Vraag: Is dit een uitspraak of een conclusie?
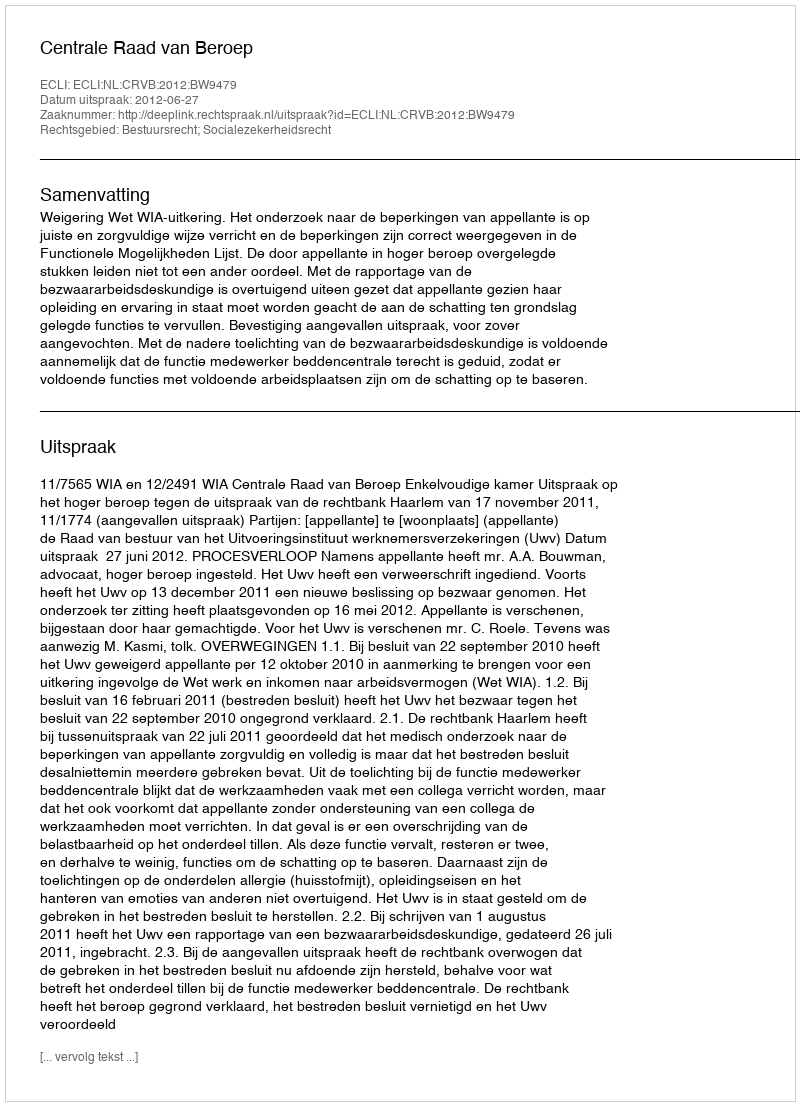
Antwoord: Uitspraak